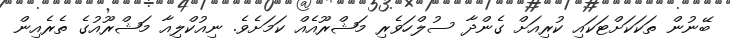
ބޭނުން ތަކަކަށްޓަކައި ކުރިއަށް ގެންދާ ސުލްހަވެރި މަޝްރޫއެއް ކަމަށެވެ. ނިއުކްލިއާ މަޝްރޫއުގެ ތެރެއިން